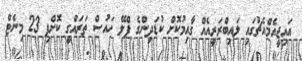
އައިޖީއެމްއެޗުގައި ލައިބްރަރީއެއް ގާއިމުކޮށް ކުޑަދިންގެ ޕްލޭ ހައުސް ތަރައްގީ ކޮށްފި 23 މިނެޓް